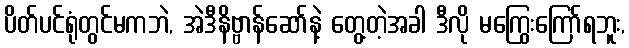
ပိတ်ပင်ရုံတွင်မကဘဲ, အဲဒီနိဗ္ဗာန်ဆော်နဲ့ တွေ့တဲ့အခါ ဒီလို မကြွေးကြော်ရဘူး,